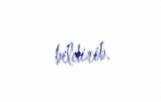
bildirib.